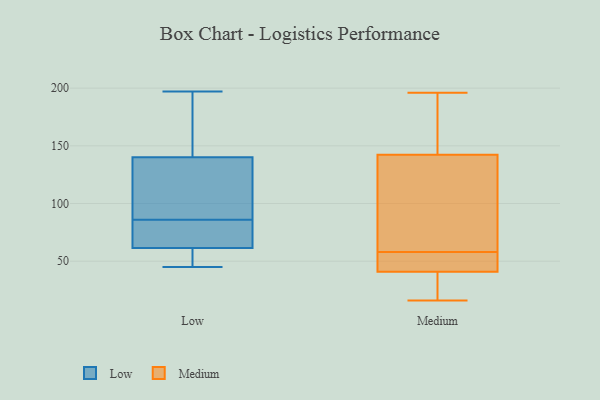
{"axis": {"x": "Active Users", "y": "Value"}, "legend": ["Low", "Medium"], "data": [{"x": "", "y": 89, "type": "Low"}, {"x": "", "y": 197, "type": "Low"}, {"x": "", "y": 63, "type": "Low"}, {"x": "", "y": 148, "type": "Low"}, {"x": "", "y": 60, "type": "Low"}, {"x": "", "y": 87, "type": "Low"}, {"x": "", "y": 85, "type": "Low"}, {"x": "", "y": 50, "type": "Low"}, {"x": "", "y": 45, "type": "Low"}, {"x": "", "y": 172, "type": "Low"}, {"x": "", "y": 163, "type": "Low"}, {"x": "", "y": 82, "type": "Low"}, {"x": "", "y": 112, "type": "Low"}, {"x": "", "y": 47, "type": "Low"}, {"x": "", "y": 72, "type": "Low"}, {"x": "", "y": 132, "type": "Low"}, {"x": "", "y": 168, "type": "Medium"}, {"x": "", "y": 56, "type": "Medium"}, {"x": "", "y": 55, "type": "Medium"}, {"x": "", "y": 79, "type": "Medium"}, {"x": "", "y": 196, "type": "Medium"}, {"x": "", "y": 89, "type": "Medium"}, {"x": "", "y": 36, "type": "Medium"}, {"x": "", "y": 160, "type": "Medium"}, {"x": "", "y": 16, "type": "Medium"}, {"x": "", "y": 27, "type": "Medium"}, {"x": "", "y": 58, "type": "Medium"}]}